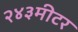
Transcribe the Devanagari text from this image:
२४३मीटर